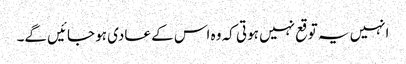
انہیں یہ توقع نہیں ہوتی کہ وہ اس کے عادی ہو جائیں گے۔